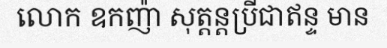
លោក ឧកញ៉ា សុត្តន្តប្រីជាឥន្ទ មាន